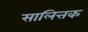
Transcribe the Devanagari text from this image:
सालित्तक